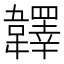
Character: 𩏪